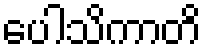
ပေါသိကာတိ